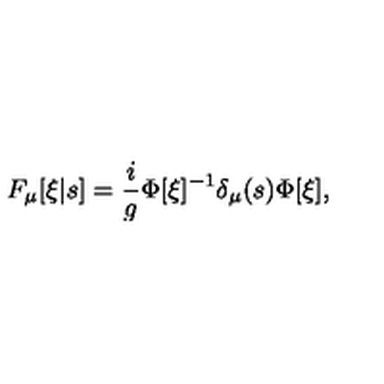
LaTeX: F _ { \mu } [ \xi | s ] = \frac { i } { g } \Phi [ \xi ] ^ { - 1 } \delta _ { \mu } ( s ) \Phi [ \xi ] ,